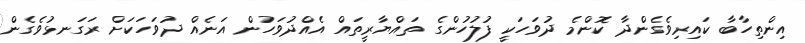
އިންތިހާބާ ކައިރިވެގެންދާ ކޮންމެ ދުވަހަކީ ފުލުހުންގެ ތައްޔާރީތައް އެއްދުވަހުން އަނެއް ދުވަހަކަށް ރަގަނޅުވެގެން